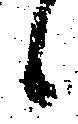
候